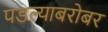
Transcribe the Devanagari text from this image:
पडल्याबरोबर